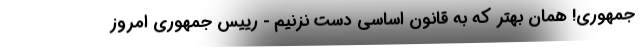
جمهوری! همان بهتر که به قانون اساسی دست نزنیم - رییس جمهوری امروز